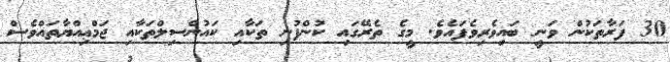
30 ފަރާތަކުން ވަނީ ބައިވެރިވެފައެވެ. މީގެ ތެރޭގައި ކުންފުނި ތަކާއި ކައުންސިލްތަކާއި ޖަމްޢިއްޔާތައްވެސް